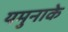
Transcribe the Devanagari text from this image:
यमुनाके